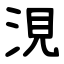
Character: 涀